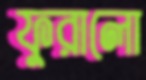
ফুরালো